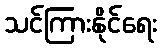
သင်ကြားနိုင်ရေး